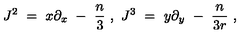
J ^ { 2 } \ = \ x \partial _ { x } \ - \ { \frac { n } { 3 } } \ , \ J ^ { 3 } \ = \ y \partial _ { y } \ - \ { \frac { n } { 3 r } } \ ,